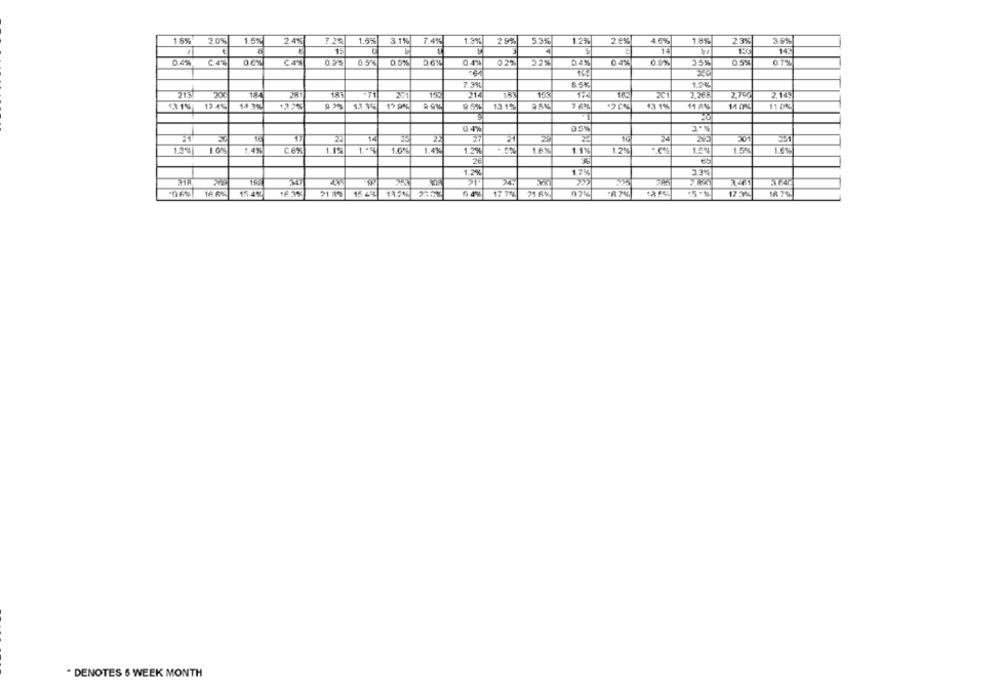
1.6%
3.0%
1.5%
2.4%
7.2%
1.6%
31%
7.4%
1.3%
2 9%
53%
12%
2 0%
1.8%
23%
3.9%
1
4
1
0.4%
C4%
0.0%
0.5%
0.5%
E
02%
52%
0.4%
0.4%
0.9%
25%
0.5%
0.7%
0.4%
7.3%
8.5%
1.04
213
18
212
1.4
182
2,265
2,70
2.149
13 39
12 9%
131%
124℃
14 7%
122%
9 5%
13 19
7 6%
43 1%
11 AN
04%
2 .5
2
14
27
10
22
1.30
1.4%
C.6x
1. +4
1.0%
1.4%
1.2%
1.6%
11%
1.2%
1.5%
1.6%
65
1.2%
1.7%
23%
44
24.
355
15.4%
16 3%
21:3%
15 44L
5 4%
17 70%
IA 20
* DENOTES 6 WEEK MONTH